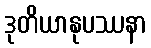
ဒုတိယာနုပဿနာ